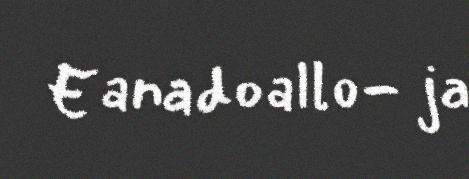
Eanadoallo- ja